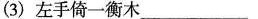
(3)左手倚一衡木___